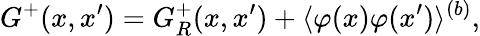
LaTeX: G^{+}(x,x^{\prime})=G_{R}^{+}(x,x^{\prime})+\langle\varphi(x)\varphi(x^{\prime})\rangle^{(b)},